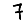
Digit: 7